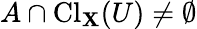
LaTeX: A\cap\operatorname{Cl}_{\mathbf{X}}(U)\neq\emptyset